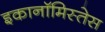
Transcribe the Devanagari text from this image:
इकानॉमिस्तेस